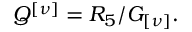
{ \cal Q } ^ { \left[ \nu \right] } = { \cal R } _ { 5 } / G _ { \left[ \nu \right] } .